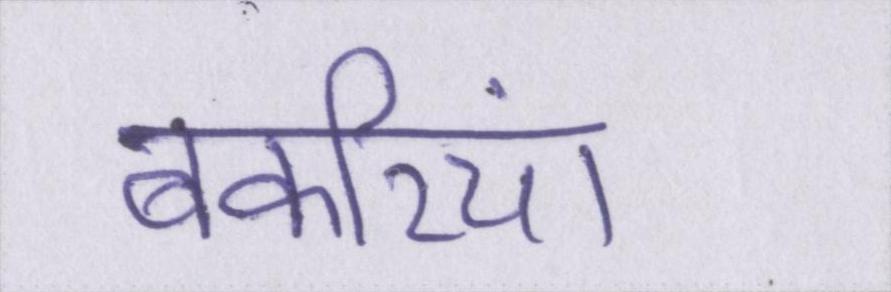
बकरियां